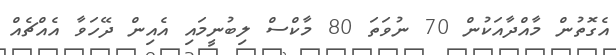
އެގޮތުން މާއްދާއަކުން 70 ނުވަތަ 80 މާކްސް ލިބުނީމައި އެއިން ދޭހަވާ އެއްޗެއް